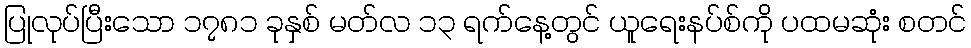
ပြုလုပ်ပြီးသော ၁၇၈၁ ခုနှစ် မတ်လ ၁၃ ရက်နေ့တွင် ယူရေးနပ်စ်ကို ပထမဆုံး စတင်